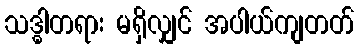
သဒ္ဓါတရား မရှိလျှင် အပါယ်ကျတတ်